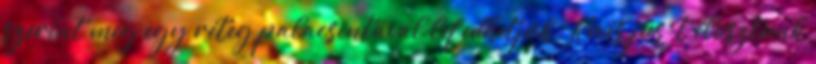
szerint még egy réteg palacsintával lefedhetjük. Kevés jus-t elosztunk